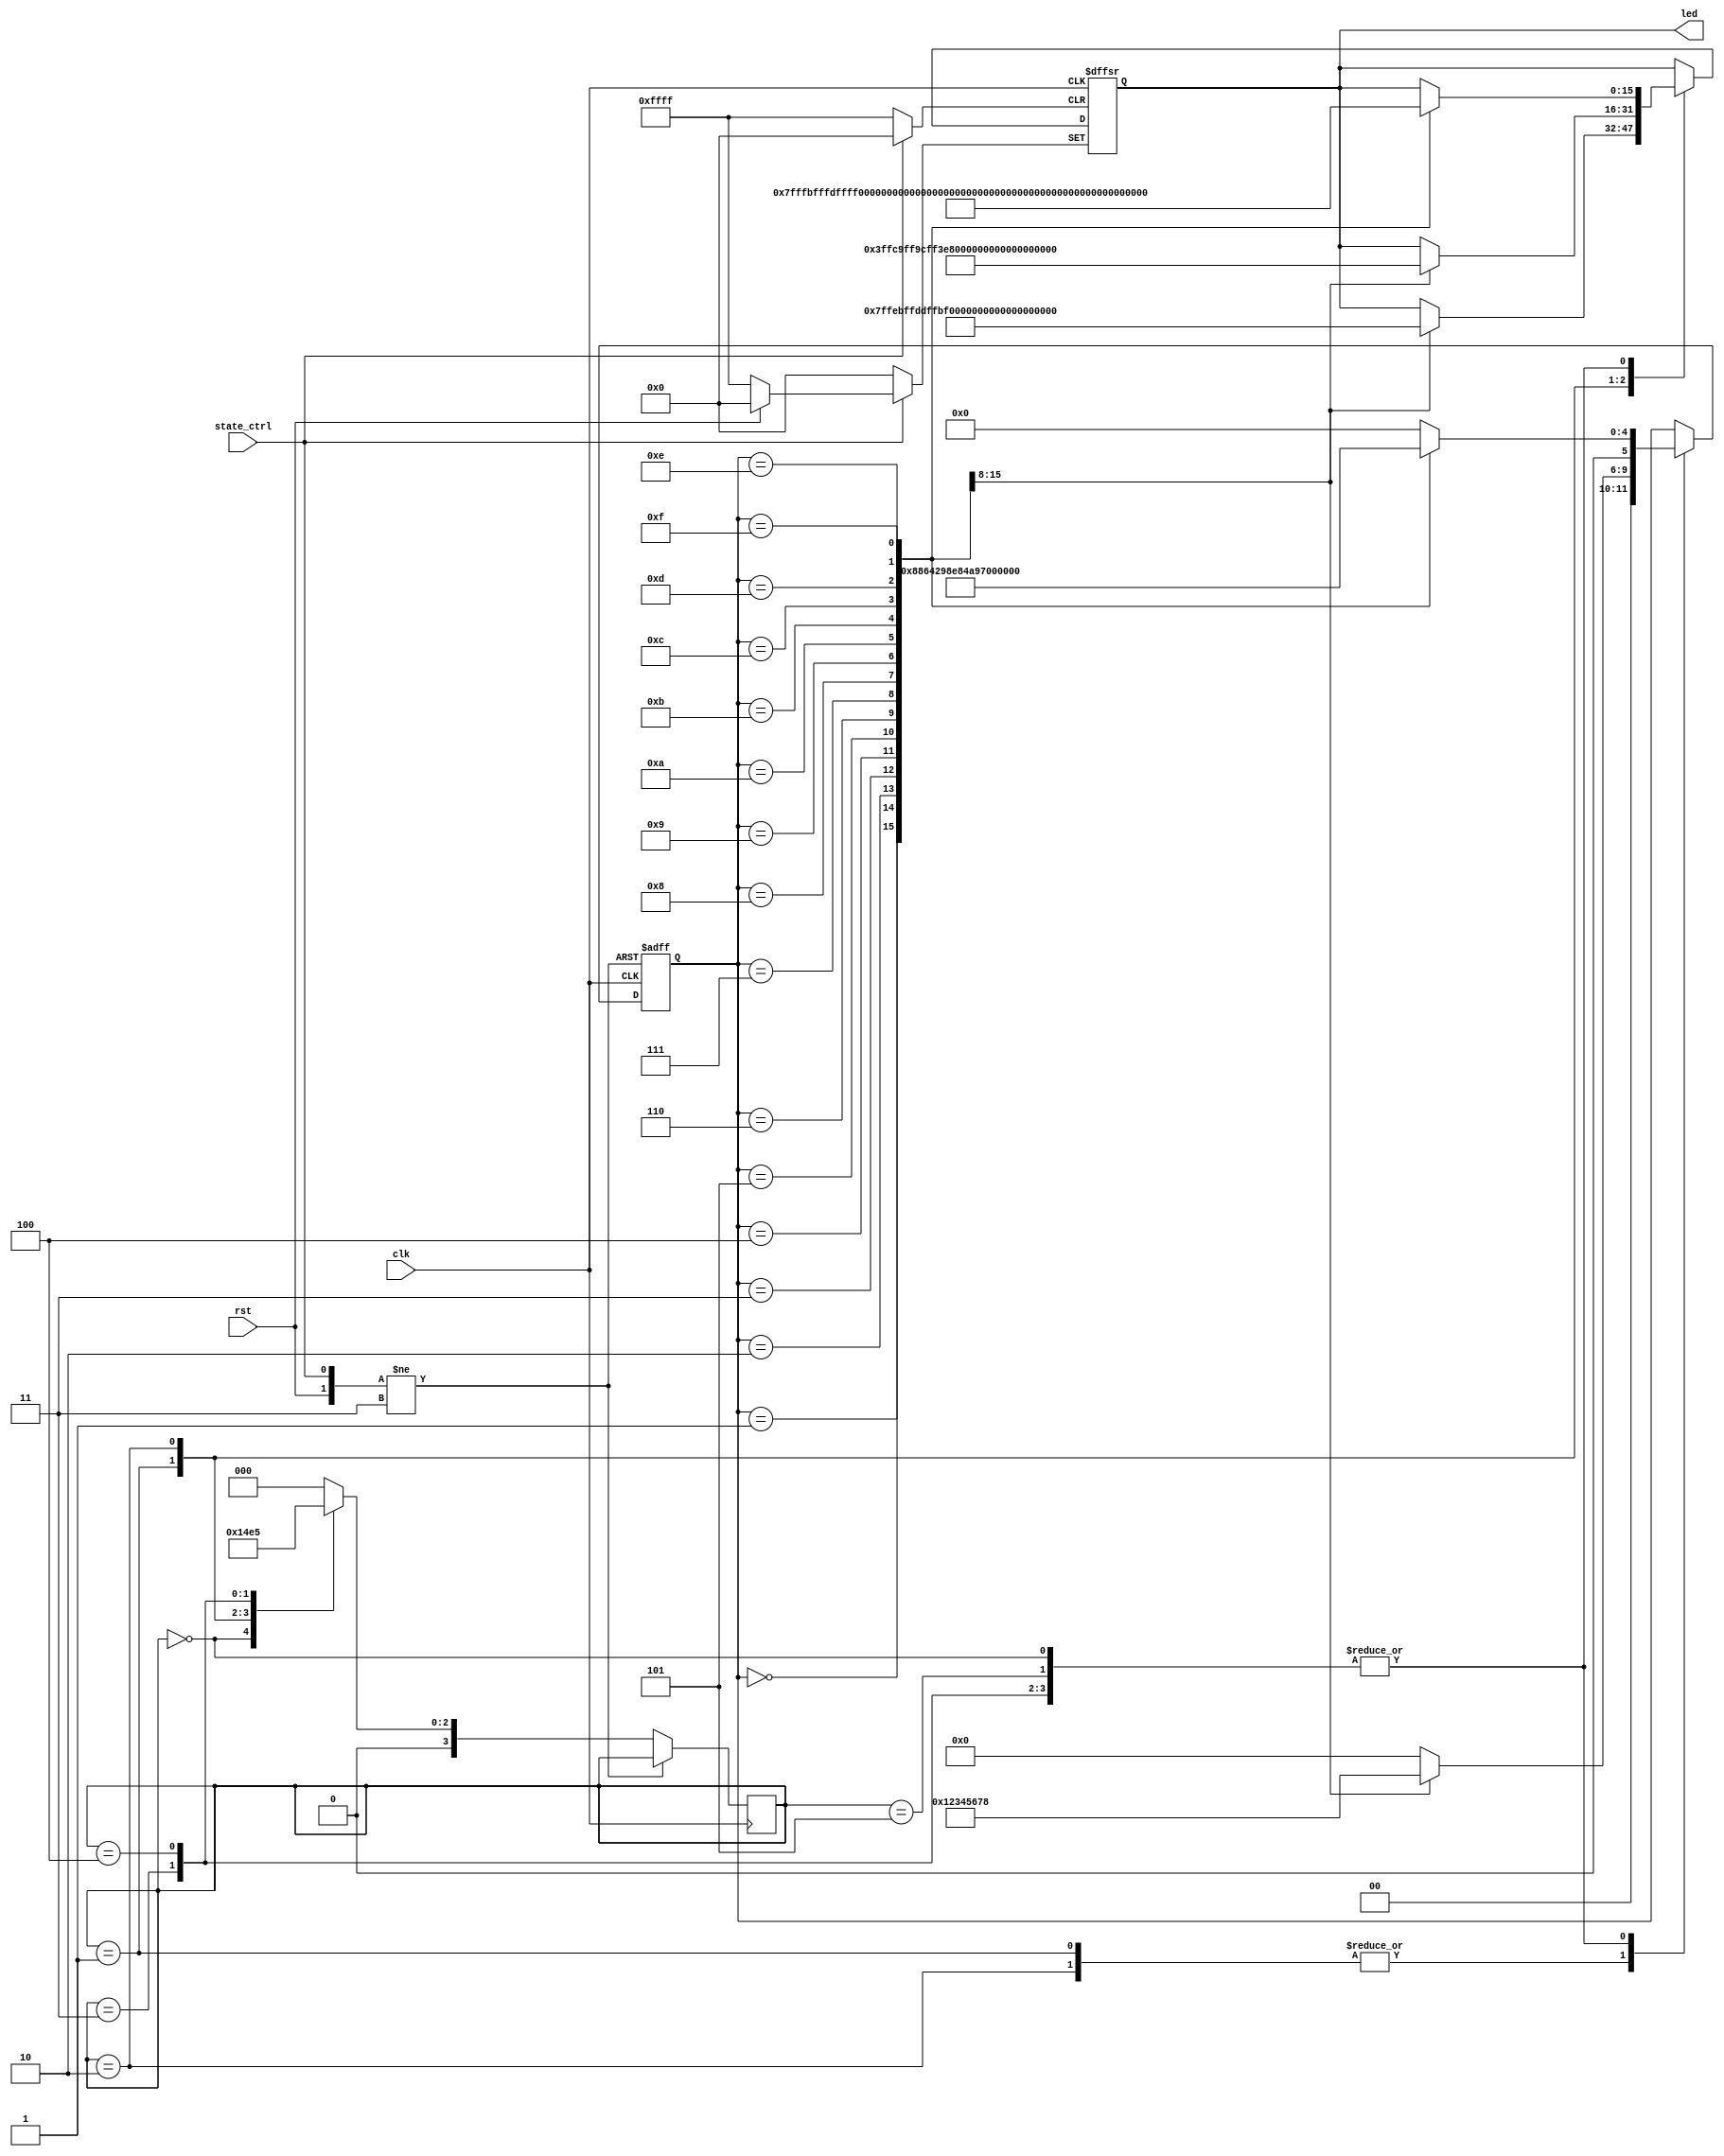
module ledd(clk,rst,led,state_ctrl);  
  
input clk ;  
input rst ;  
input state_ctrl;
output reg [15:0]led ;  
  
reg[5:0] state;  
reg[3:0] state_k;

always @ ( posedge clk or negedge rst or negedge state_ctrl)
begin

	if(!rst)
		begin
			led<=16'b1111111111111111;
			state<=0;
		end
	else 
	begin
	  if(!state_ctrl)
	     begin
			led<=16'b0000000000000000;
			state<=0;
			
		  end
	  else
	   begin
		case (state_k)
			0:begin
			case(state)
				0:begin
					led<='b0111111111111111;
					state<=1;
				end
				1:begin
					led<='b1011111111111111;
					state<=2;	
				end
				2:begin
					led<='b1101111111111111;	
					state<=3;			
				end
				3:begin
					led<='b1110111111111111;
					state<=4;	
				end
				4:begin
					led<='b1111011111111111;
					state<=5;
					end
				5:begin
					led<='b1111101111111111;
					state<=6;
					end
				6:begin
					led<='b1111110111111111;
					state<=7;
					end
				7:begin
					led<='b1111111011111111;
					state<=8;
					end
				8:begin
					led<='b1111111101111111;
					state<=9;
					end
				9:begin
					led<='b1111111110111111;
					state<=10;
					end
				10:begin
					led<='b1111111111011111;
					state<=11;
					end
				11:begin
					led<='b1111111111101111;
					state<=12;
					end
				12:begin
					led<='b1111111111110111;
					state<=13;
					end
				13:begin
					led<='b1111111111111011;
					state<=14;
					end
				14:begin
					led<='b1111111111111101;
					state<=15;
					end
				15:begin
					led<='b1111111111111110;
					state<=16;
					end
				default: 
					state<=0;
				endcase
				state_k<=1;
			end
			1:begin
			case(state)
				0:begin
					led<='b0111111111111110;
					state<=1;
				end
				1:begin
					led<='b1011111111111101;
					state<=2;	
				end
				2:begin
					led<='b1101111111111011;	
					state<=3;			
				end
				3:begin
					led<='b1110111111110111;
					state<=4;	
				end
				4:begin
					led<='b1111011111101111;
					state<=5;
					end
				5:begin
					led<='b1111101111011111;
					state<=6;
					end
				6:begin
					led<='b1111110110111111;
					state<=7;
					end
				7:begin
					led<='b1111111001111111;
					state<=8;
					end
				
				default: 
					state<=0;
				endcase
				state_k<=2;
			
			end
			2:begin
			case(state)
				0:begin
					led<='b0011111111111100;
					state<=1;
				end
				1:begin
					led<='b1001111111111001;
					state<=2;	
				end
				2:begin
					led<='b1100111111110011;	
					state<=3;			
				end
				3:begin
					led<='b1110011111100111;
					state<=4;	
				end
				4:begin
					led<='b1111001111001111;
					state<=5;
					end
				5:begin
					led<='b1111100110011111;
					state<=6;
					end
				6:begin
					led<='b1111110000111111;
					state<=7;
					end
				7:begin
					led<='b1111111001111111;
					state<=8;
					end
				
				default: 
					state<=0;
				endcase
				state_k<=3;
			end
			3:begin
			case(state)
				0:begin
					led<='b0111111111111111;
					state<=1;
				end
				1:begin
					led<='b1011111111111111;
					state<=2;	
				end
				2:begin
					led<='b1101111111111111;	
					state<=3;			
				end
				3:begin
					led<='b1110111111111111;
					state<=4;	
				end
				4:begin
					led<='b1111011111111111;
					state<=5;
					end
				5:begin
					led<='b1111101111111111;
					state<=6;
					end
				6:begin
					led<='b1111110111111111;
					state<=7;
					end
				7:begin
					led<='b1111111011111111;
					state<=8;
					end
				8:begin
					led<='b1111111101111111;
					state<=9;
					end
				9:begin
					led<='b1111111110111111;
					state<=10;
					end
				10:begin
					led<='b1111111111011111;
					state<=11;
					end
				11:begin
					led<='b1111111111101111;
					state<=12;
					end
				12:begin
					led<='b1111111111110111;
					state<=13;
					end
				13:begin
					led<='b1111111111111011;
					state<=14;
					end
				14:begin
					led<='b1111111111111101;
					state<=15;
					end
				15:begin
					led<='b1111111111111110;
					state<=16;
					end
				default: 
					state<=0;
				endcase
				state_k<=4;
			end
			4:begin
			case(state)
				0:begin
					led<='b0111111111111111;
					state<=1;
				end
				1:begin
					led<='b1011111111111111;
					state<=2;	
				end
				2:begin
					led<='b1101111111111111;	
					state<=3;			
				end
				3:begin
					led<='b1110111111111111;
					state<=4;	
				end
				4:begin
					led<='b1111011111111111;
					state<=5;
					end
				5:begin
					led<='b1111101111111111;
					state<=6;
					end
				6:begin
					led<='b1111110111111111;
					state<=7;
					end
				7:begin
					led<='b1111111011111111;
					state<=8;
					end
				8:begin
					led<='b1111111101111111;
					state<=9;
					end
				9:begin
					led<='b1111111110111111;
					state<=10;
					end
				10:begin
					led<='b1111111111011111;
					state<=11;
					end
				11:begin
					led<='b1111111111101111;
					state<=12;
					end
				12:begin
					led<='b1111111111110111;
					state<=13;
					end
				13:begin
					led<='b1111111111111011;
					state<=14;
					end
				14:begin
					led<='b1111111111111101;
					state<=15;
					end
				15:begin
					led<='b1111111111111110;
					state<=16;
					end
				default: 
					state<=0;
				endcase
				state_k<=5;
			end
			5:begin
			case(state)
				0:begin
					led<='b0111111111111111;
					state<=1;
				end
				1:begin
					led<='b1011111111111111;
					state<=2;	
				end
				2:begin
					led<='b1101111111111111;	
					state<=3;			
				end
				3:begin
					led<='b1110111111111111;
					state<=4;	
				end
				4:begin
					led<='b1111011111111111;
					state<=5;
					end
				5:begin
					led<='b1111101111111111;
					state<=6;
					end
				6:begin
					led<='b1111110111111111;
					state<=7;
					end
				7:begin
					led<='b1111111011111111;
					state<=8;
					end
				8:begin
					led<='b1111111101111111;
					state<=9;
					end
				9:begin
					led<='b1111111110111111;
					state<=10;
					end
				10:begin
					led<='b1111111111011111;
					state<=11;
					end
				11:begin
					led<='b1111111111101111;
					state<=12;
					end
				12:begin
					led<='b1111111111110111;
					state<=13;
					end
				13:begin
					led<='b1111111111111011;
					state<=14;
					end
				14:begin
					led<='b1111111111111101;
					state<=15;
					end
				15:begin
					led<='b1111111111111110;
					state<=16;
					end
				default: 
					state<=0;
				endcase
				state_k<=0;
			end
			default: 
					state_k<=0;
			endcase
			
	   end
	end
end
endmodule